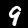
Digit: 9